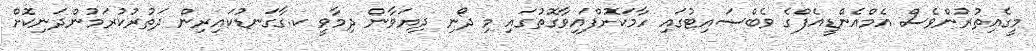
މީގެއިތުރުންވެސް އެމްއެންޑީއެފްގެ ވެބްސައިޓުގައި ހާމަކޮށްފައިވާގޮތުގައި މި ދޯނި ދިޔަވާން ދިމާވީ ކ.ގާގަނޑުކައިރިން ދަތުރުކުރަމުންދަނިކޮށް